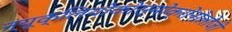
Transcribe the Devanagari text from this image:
न्यूक्लियोकोस्मोक्रोनोलोजी